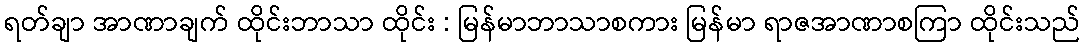
ရတ်ချာ အာဏာချက် ထိုင်းဘာသာ ထိုင်း : မြန်မာဘာသာစကား မြန်မာ ရာဇအာဏာစကြာ ထိုင်းသည်